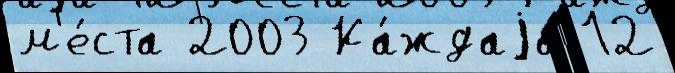
м'е́ста 2003 Ка́ждаjа 12